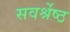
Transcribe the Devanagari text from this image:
सवर्श्रेष्ठ